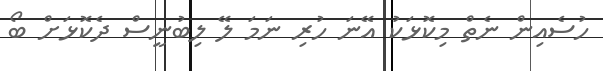
ހުސެއިން ނެތް މިކޮޅަކު އޭނަ ހުރި ނަމަ ލޭ ލިބުނީސް ދެކޮޅަށް ބޯ